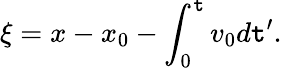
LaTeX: \xi=x-x_{0}-\int_{0}^{\mathtt{t}}v_{0}d\mathtt{t}^{\prime}.